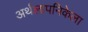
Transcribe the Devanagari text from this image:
अर्थलापनिकेला